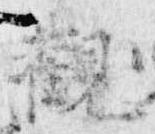
観